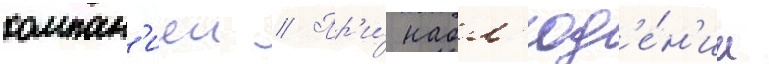
компан'иеи // Пр'и́ набл'юд'е́н'ии